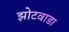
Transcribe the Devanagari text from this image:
झोटवाडा